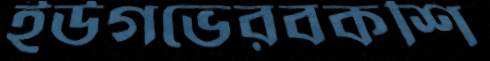
ইউগভেরবকশি